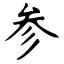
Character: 参